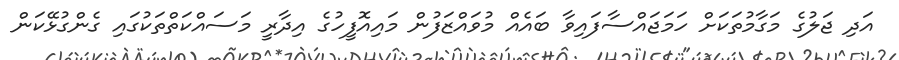
އަދި ޖަލުގެ މަގާމުތަކަށް ހަމަޖައްސާފައިވާ ބައެއް މުވައްޒަފުން މައިއޮފީހުގެ އިދާރީ މަސައްކަތްތަކުގައި ގެންގުޅޭކަން